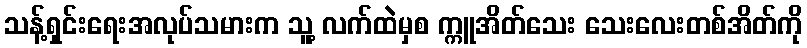
သန့်ရှင်းရေးအလုပ်သမားက သူ့ လက်ထဲမှစ က္ကူအိတ်သေး သေးလေးတစ်အိတ်ကို